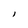
Character: l